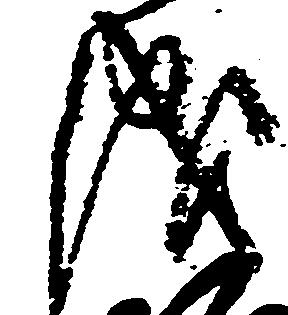
儀